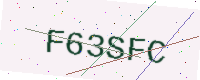
Text: F63SFC